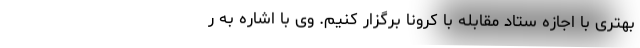
بهتری با اجازه ستاد مقابله با کرونا برگزار کنیم. وی با اشاره به ر